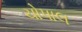
ચોપાલ